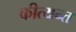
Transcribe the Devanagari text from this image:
कीत्यन्त